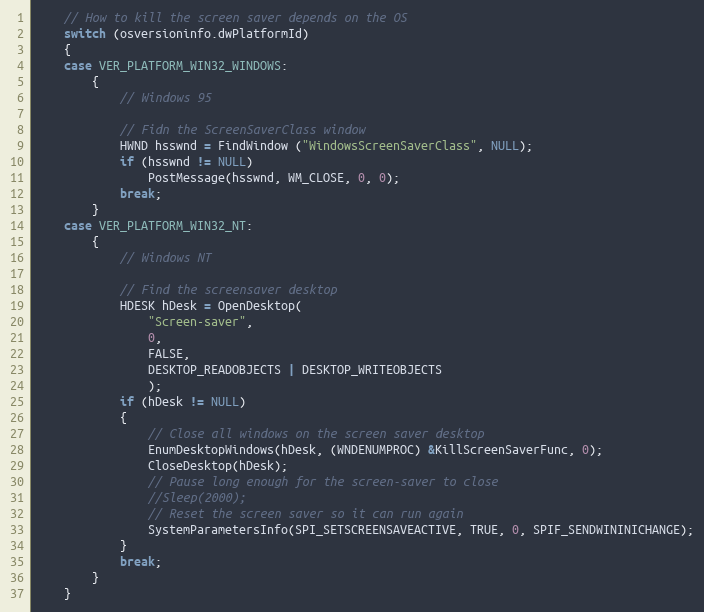
Language: C++
	// How to kill the screen saver depends on the OS
	switch (osversioninfo.dwPlatformId)
	{
	case VER_PLATFORM_WIN32_WINDOWS:
		{
			// Windows 95

			// Fidn the ScreenSaverClass window
			HWND hsswnd = FindWindow ("WindowsScreenSaverClass", NULL);
			if (hsswnd != NULL)
				PostMessage(hsswnd, WM_CLOSE, 0, 0);
			break;
		}
	case VER_PLATFORM_WIN32_NT:
		{
			// Windows NT

			// Find the screensaver desktop
			HDESK hDesk = OpenDesktop(
				"Screen-saver",
				0,
				FALSE,
				DESKTOP_READOBJECTS | DESKTOP_WRITEOBJECTS
				);
			if (hDesk != NULL)
			{
				// Close all windows on the screen saver desktop
				EnumDesktopWindows(hDesk, (WNDENUMPROC) &KillScreenSaverFunc, 0);
				CloseDesktop(hDesk);
				// Pause long enough for the screen-saver to close
				//Sleep(2000);
				// Reset the screen saver so it can run again
				SystemParametersInfo(SPI_SETSCREENSAVEACTIVE, TRUE, 0, SPIF_SENDWININICHANGE);
			}
			break;
		}
	}